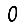
Digit: 0